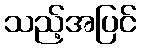
သည့်အပြင်